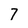
Character: 7